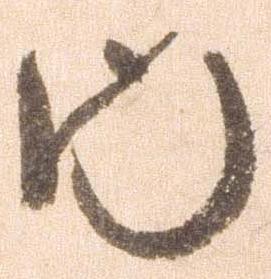
内